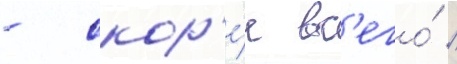
- скор'е́е вс'его́ /